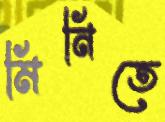
মিনিতে